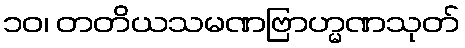
၁၀၊ တတိယသမဏဗြာဟ္မဏသုတ်